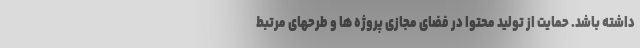
داشته باشد. حمایت از تولید محتوا در فضای مجازی پروژه ها و طرحهای مرتبط